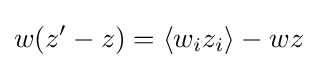
w(z'-z)=\langle w_{i}z_{i}\rangle -wz